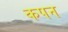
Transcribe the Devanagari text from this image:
कपन